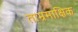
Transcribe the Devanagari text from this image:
ताम्रमाक्षिक